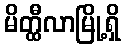
မိတ္ထီလာမြို့ရှိ